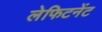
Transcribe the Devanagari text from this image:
लेफिटनेंट